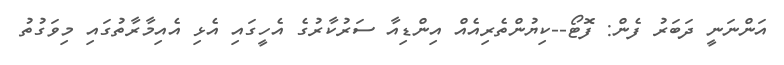
އަންނަނީ ދަބަރު ފެން: ފޮޓޯ--ކިޔުންތެރިއެއް އިންޑިއާ ސަރުކާރުގެ އެހީގައި އެޅި އެއިމާރާތުގައި މިވަގުތު